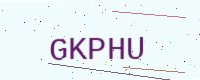
Text: GKPHU